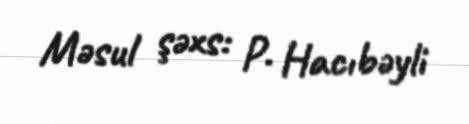
Məsul şəxs: P. Hacıbəyli